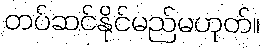
တပ်ဆင်နိုင်မည်မဟုတ်။